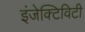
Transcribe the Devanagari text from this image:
इंजेक्टिविटी